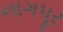
નાગપૂર